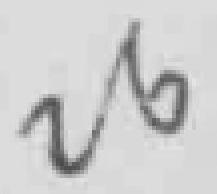
26